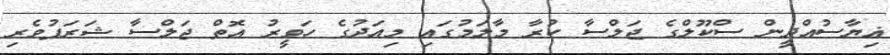
ޣިޔާސުއްދީން ސްކޫލްގެ ޖަލްސާ ކުރާ މާލަމުގައި މިއަދުގެ ހަވީރު އޮތް ޖަލްސާ ޝަރަފުވެރި